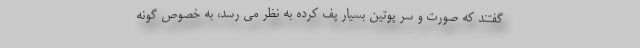
گفتند که صورت و سر پوتین بسیار پف کرده به نظر می رسد، به خصوص گونه